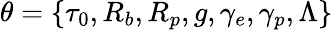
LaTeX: \theta=\left\{ \tau_{0},R_{b},R_{p},g,\gamma_{e},\gamma_{p},\Lambda\right\}